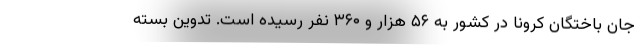
جان باختگان کرونا در کشور به ۵۶ هزار و ۳۶۰ نفر رسیده است. تدوین بسته